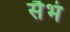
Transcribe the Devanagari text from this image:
सैभं